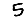
Digit: 5